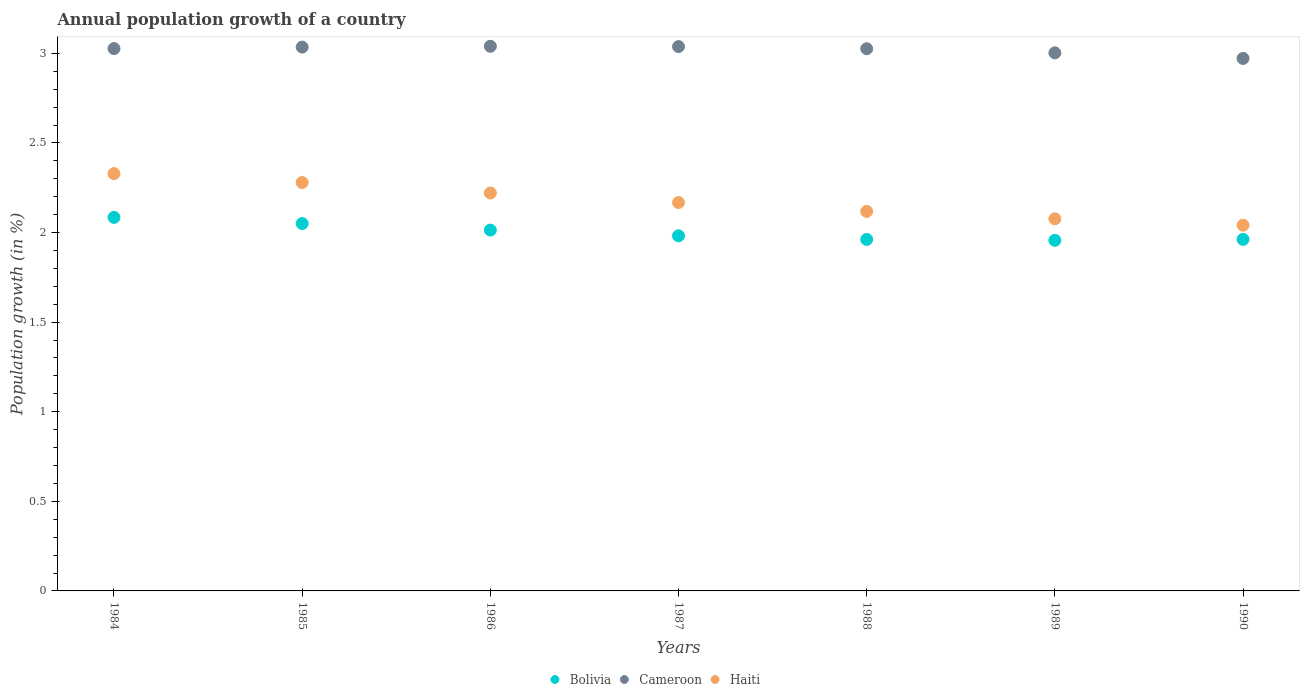
| Years | Bolivia | Cameroon | Haiti |
 | --- | --- | --- | --- |
 | 1984 | 2.08 | 3.03 | 2.33 |
 | 1985 | 2.05 | 3.03 | 2.28 |
 | 1986 | 2.01 | 3.04 | 2.22 |
 | 1987 | 1.98 | 3.04 | 2.17 |
 | 1988 | 1.96 | 3.03 | 2.12 |
 | 1989 | 1.96 | 3 | 2.08 |
 | 1990 | 1.96 | 2.97 | 2.04 |